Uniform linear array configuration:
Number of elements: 64
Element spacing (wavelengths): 0.75
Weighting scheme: kaiser
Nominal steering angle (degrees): -60
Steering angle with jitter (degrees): -61.444
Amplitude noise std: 0.05
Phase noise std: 0.05

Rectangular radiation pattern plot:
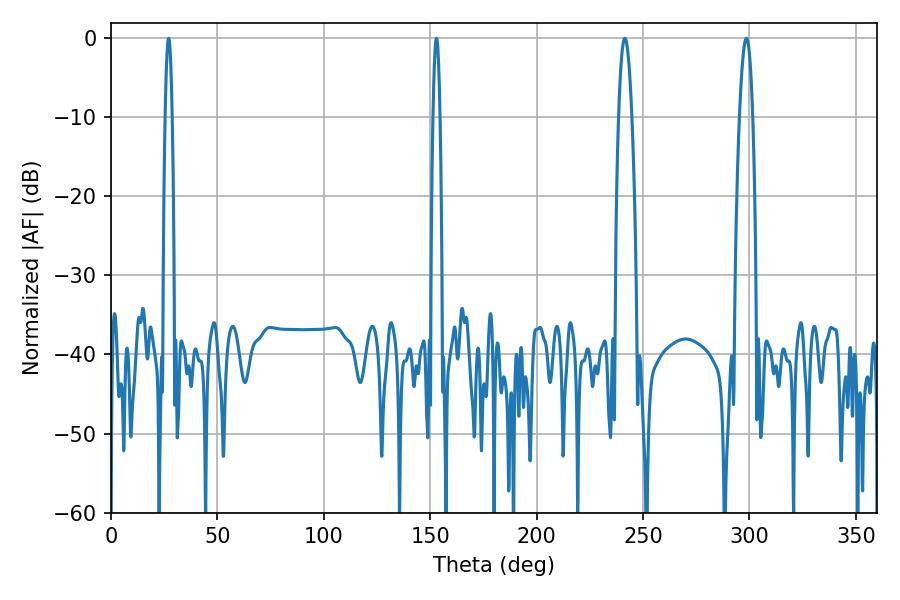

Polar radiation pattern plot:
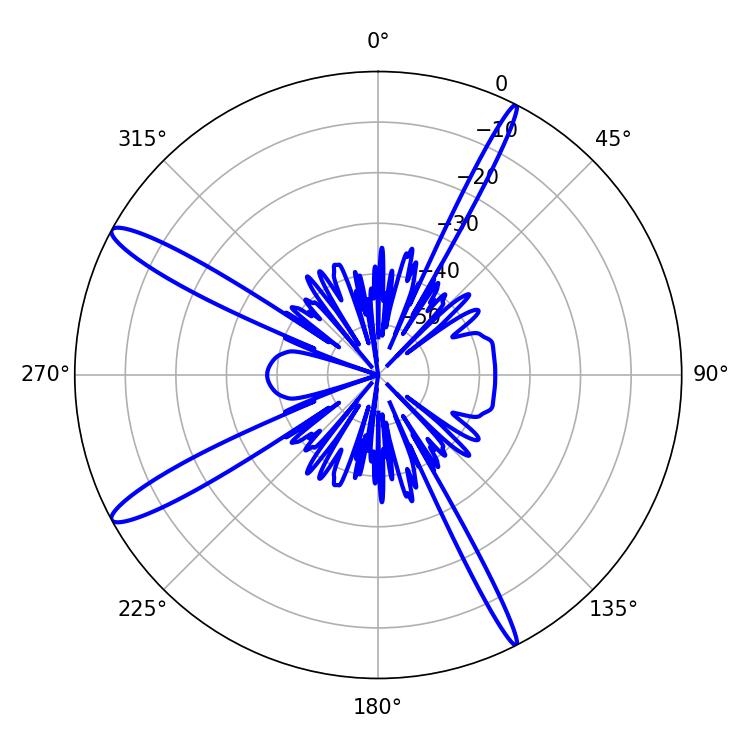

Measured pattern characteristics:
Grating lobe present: TRUE
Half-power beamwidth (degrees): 3.42
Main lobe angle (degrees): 298.62